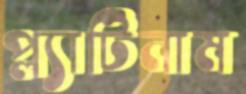
প্ল্যাটিনাম